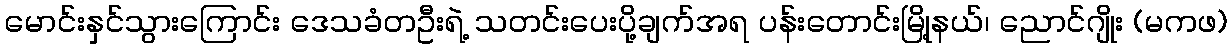
မောင်းနှင်သွားကြောင်း ဒေသခံတဦးရဲ့ သတင်းပေးပို့ချက်အရ ပန်းတောင်းမြို့နယ်၊ ညောင်ဂျိုး (မကဖ)